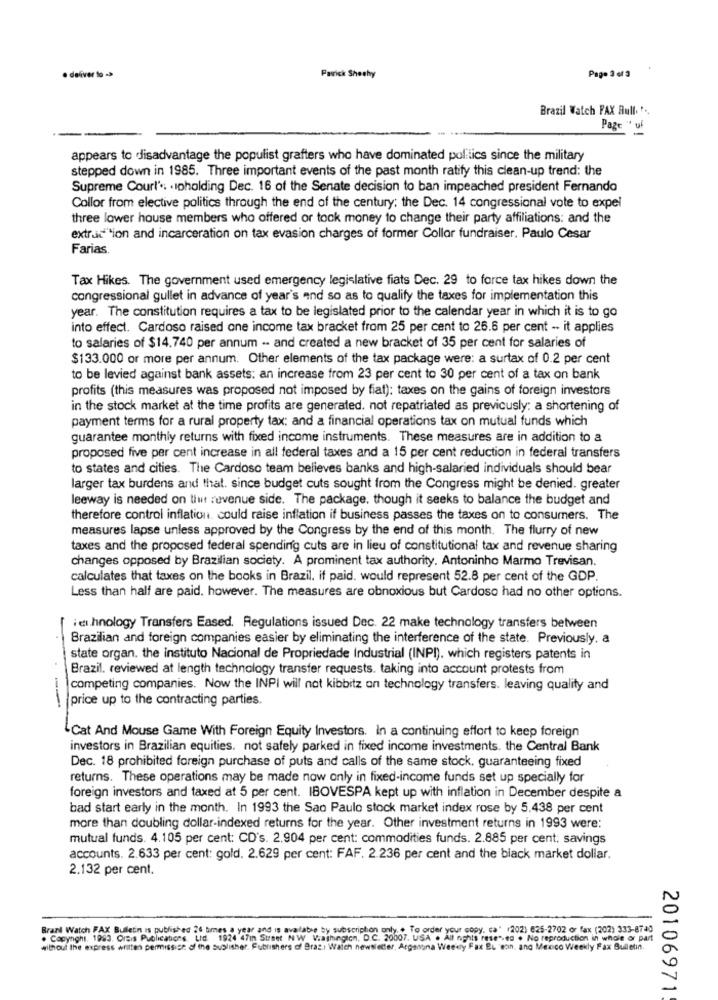
· deliver to
Patrick Sheshy
Page 3 of 3
Brazil Watch FAX Bull. ...
Page " uf
appears to disadvantage the populist grafters who have dominated politics since the military
stepped down in 1985. Three important events of the past month ratify this clean-up trend: the
Supreme Court' .. . spholding Dec. 16 of the Senate decision to ban impeached president Fernando
Collor from elective politics through the end of the century; the Dec. 14 congressional vote to expel
three lower house members who offered or tock money to change their party affiliations: and the
extraction and incarceration on tax evasion charges of former Collor fundraiser. Paulo Cesar
Farias.
Tax Hikes. The government used emergency legislative fiats Dec. 29 to force tax hikes down the
congressional gullet in advance of year's and so as to qualify the taxes for implementation this
year. The constitution requires a tax to be legislated prior to the calendar year in which it is to go
into effect. Cardoso raised one income tax bracket from 25 per cent to 26.6 per cent -. it applies
to salaries of $14.740 per annum -- and created a new bracket of 35 per cent for salaries of
$133.000 or more per annum. Other elements of the tax package were: a surtax of 0.2 per cent
to be levied against bank assets: an increase from 23 per cent to 30 per cent of a tax on bank
profits (this measures was proposed not imposed by fiat): taxes on the gains of foreign investors
in the stock market at the time profits are generated. not repatriated as previously: a shortening of
payment terms for a rural property tax: and a financial operations tax on mutual funds which
guarantee monthly returns with fixed income instruments. These measures are in addition to a
proposed five per cent increase in all federal taxes and a 15 per cent reduction in federal transfers
to states and cities. The Cardoso team believes banks and high-salaried individuals should bear
larger tax burdens and that. since budget cuts sought from the Congress might be denied. greater
leeway is needed on liut :uvenue side. The package, though it seeks to balance the budget and
therefore control inflation. could raise inflation if business passes the taxes on to consumers. The
measures lapse unless approved by the Congress by the end of this month. The flurry of new
taxes and the proposed federal spending cuts are in lieu of constitutional tax and revenue sharing
changes opposed by Brazilian society. A prominent tax authority. Antoninho Marmo Trevisan.
calculates that taxes on the books in Brazil. if paid. would represent 52.8 per cent of the GDP.
Less than half are paid. however. The measures are obnoxious but Cardoso had no other options.
i el hnology Transfers Eased. Regulations issued Dec. 22 make technology transfers between
Brazilian and foreign companies easier by eliminating the interference of the state. Previously, a
state organ. the instituto Nacional de Propriedade Industrial (INPI), which registers patents in
Brazil. reviewed at length technology transfer requests. taking into account protests from
competing companies. Now the INPI will not kibbitz on technology transfers. leaving quality and
price up to the contracting parties.
--
Cat And Mouse Game With Foreign Equity Investors. In a continuing effort to keep foreign
investors in Brazilian equities. not safely parked in fixed income investments. the Central Bank
Dec. 18 prohibited foreign purchase of puts and calls of the same stock, guaranteeing fixed
returns. These operations may be made now only in fixed-income funds set up specially for
foreign investors and taxed at 5 per cent. IBOVESPA kept up with inflation in December despite a
bad start early in the month. In 1993 the Sao Paulo stock market index rose by 5.438 per cent
more than doubling dollar-indexed returns for the year. Other investment returns in 1993 were:
mutual funds. 4.105 per cent: CD's. 2.904 per cent: commodities funds. 2.885 per cent; savings
accounts. 2.633 per cent: gold. 2.629 per cent: FAF. 2.236 per cent and the black market dollar.
2.132 per cent.
Brazil Watch FAX Buletin is published 24 times a year and is available by subscription only. .. To order your copy. ca' (202) 625-2702 or fax (202) 333-8740
. Capynghi. 1983. Orais Publications. Ltd. 1924 47mn Surset NW Viathingich, D.C. 20007. USA . All nohis fase *- es + No reproduction in whole or part
without the express written permission of the publisher. Publishers of Braz.i Watch newsletter, Arganuna Weekly Fax EL son, and Mexico Weekly Fax Bulletin.
20106971